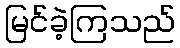
မြင်ခဲ့ကြသည်